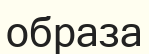
образа